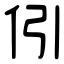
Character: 𠇁